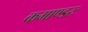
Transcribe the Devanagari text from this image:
कमाण्डरः